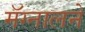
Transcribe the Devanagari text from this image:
मॅग्नालने